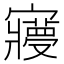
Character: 𡫺